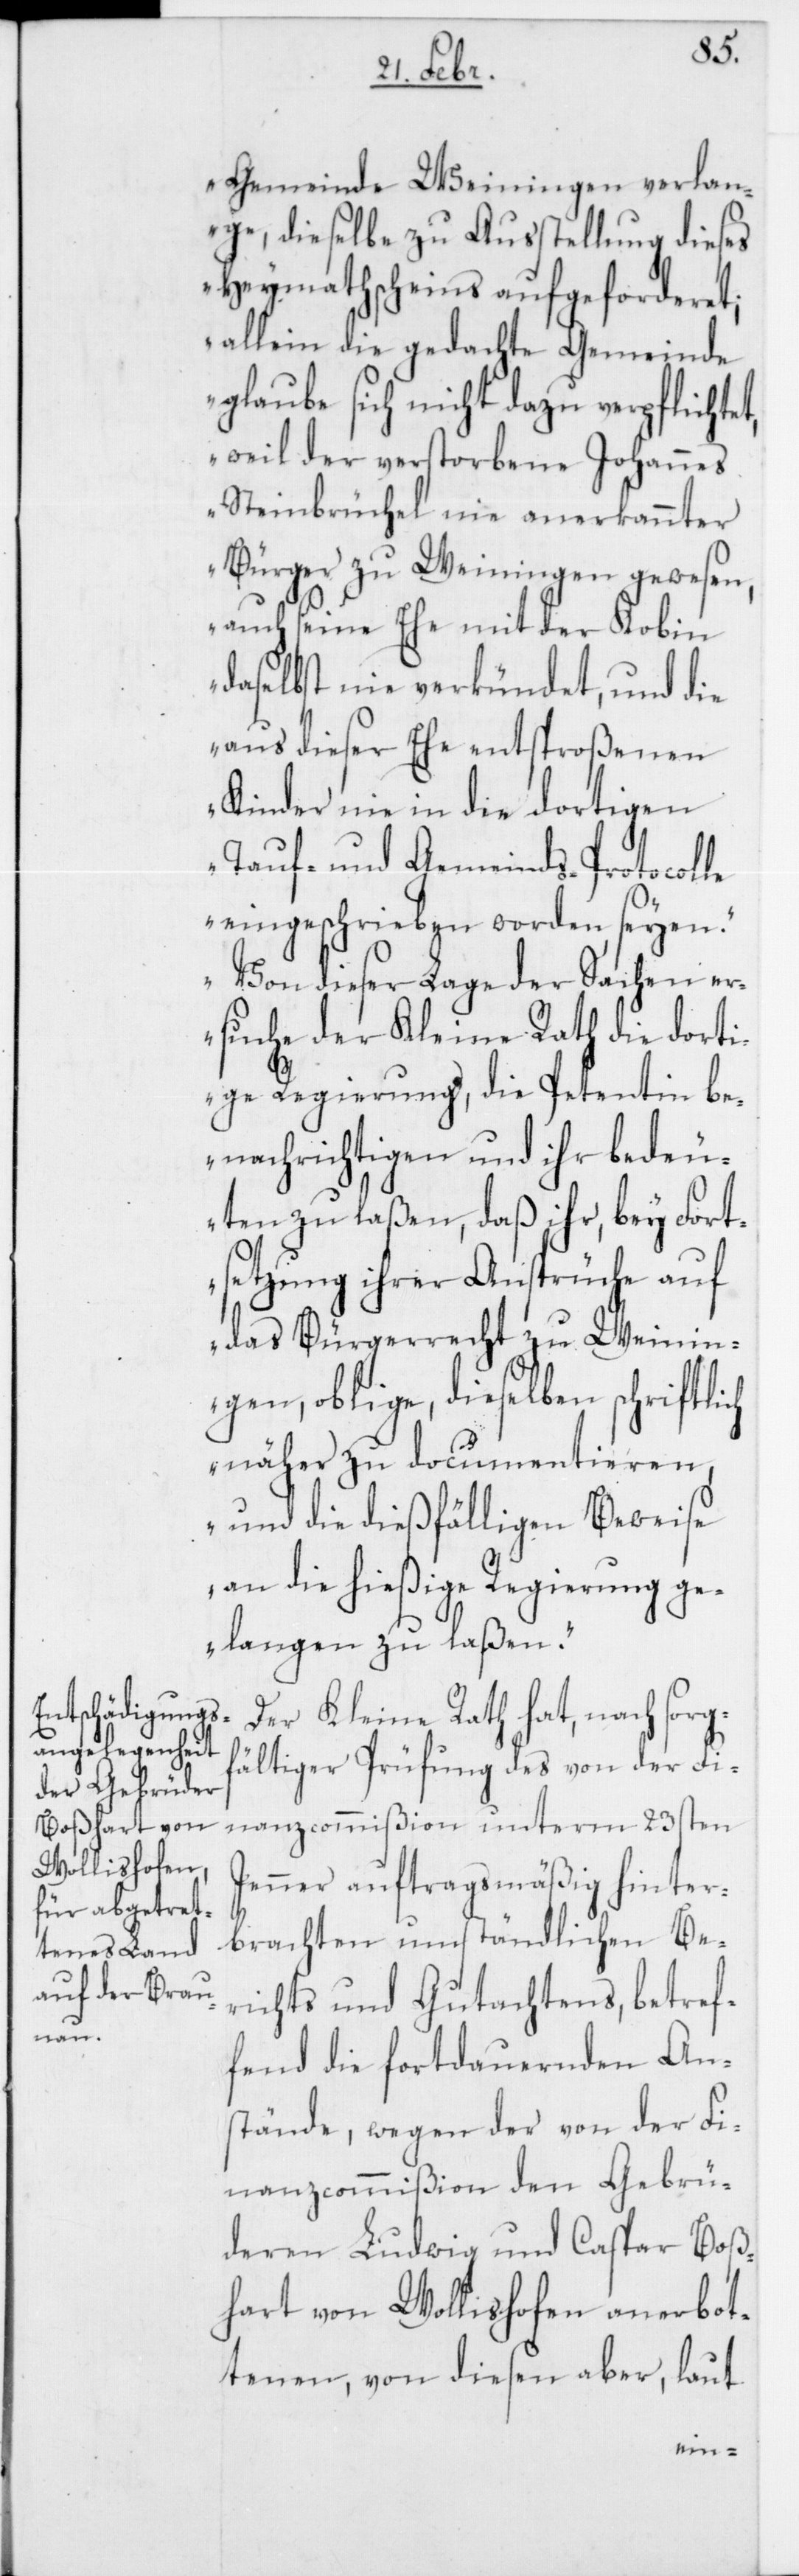
Gemeinde Weiningen verlan¬
ge, dieselbe zu Ausstellung dieses
Heymathscheins aufgeforderet;
allein die gedachte Gemeinde
glaube sich nicht dazu verpflichtet,
weil der verstorbene Johannes
Steinbrüchel nie anerkannter
Bürger zu Weiningen gewesen,
auch seine Ehe mit der Kobin
daselbst nie verkündet, und die
aus dieser Ehe entsproßenen
Kinder nie in die dortigen
Tauf- und Gemeinds-Protocolle
eingeschrieben worden seyen.
Von dieser Lage der Sachen er¬
suche der Kleine Rath die dorti¬
ge Regierung, die Petentin be¬
nachrichtigen und ihr bedeu¬
ten zu laßen, daß ihr, bey Fort¬
setzung ihrer Ansprüche auf
das Bürgerrecht zu Weinin¬
gen oblige, dieselben schriftlich
näher zu documentieren,
und die dießfälligen Beweise
an die hießige Regierung ge¬
langen zu laßen.“
Der Kleine Rath hat, nach sorgf¬
ältiger Prüfung des von der Fi¬
nanzcommißion unterm 23sten
Jenner auftragsmäßig hinter¬
brachten umständlichen Be¬
richts und Gutachtens, betref¬
fend die fortdauernden An¬
stände, wegen der von der Fi¬
nanzcommißion den Gebrü¬
deren Ludwig und Caspar Boß¬
hart von Wollishofen anerbot¬
enen, von diesen aber, laut